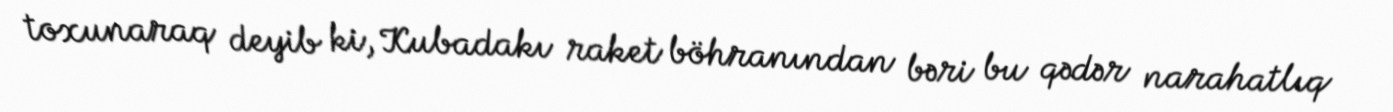
toxunaraq deyib ki, Kubadakı raket böhranından bəri bu qədər narahatlıq